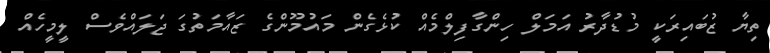
ތިޔާ ޒުބައިރަކީ މުޑުދާރު އަމަލް ހިންގާފިލްމެއް ކުޅެގެން މައުމޫންގެ ޒައާމަތުގަ ޖަލައްވެސް ލީމީހެއް